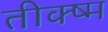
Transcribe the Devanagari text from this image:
तीक्ष्म